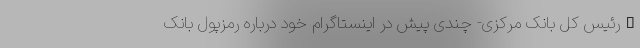
–رئیس کل بانک مرکزی- چندی پیش در اینستاگرام خود درباره رمزپول بانک